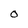
Character: O